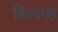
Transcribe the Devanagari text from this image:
शिलागृह